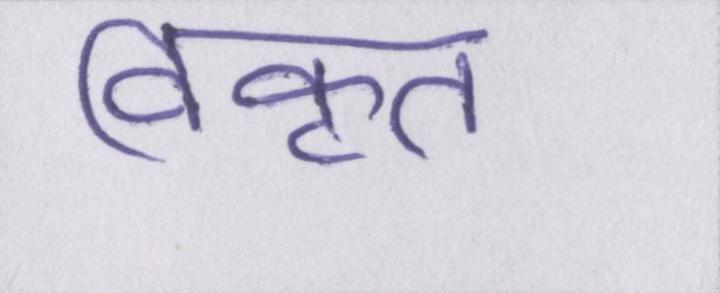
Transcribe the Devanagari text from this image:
विकृत